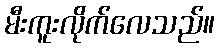
မီးကူးလိုက်လေသည်။